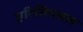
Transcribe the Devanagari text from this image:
एरिसिपलस